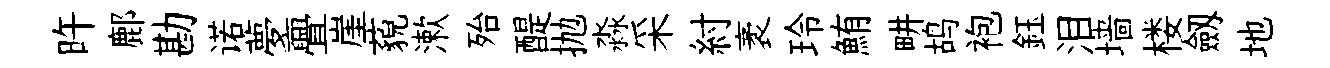
旿鄜勘诺夢亹崖藐漱殆醍抛淼采紂袤玲鮪畊鸪袍鈺泪墙楼劔地